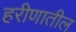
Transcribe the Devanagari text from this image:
हरीणातील